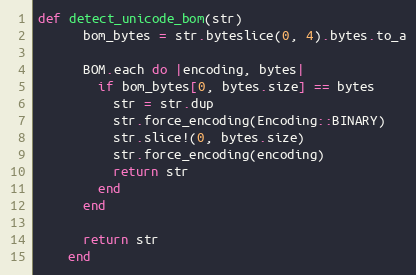
Language: Ruby
def detect_unicode_bom(str)
      bom_bytes = str.byteslice(0, 4).bytes.to_a

      BOM.each do |encoding, bytes|
        if bom_bytes[0, bytes.size] == bytes
          str = str.dup
          str.force_encoding(Encoding::BINARY)
          str.slice!(0, bytes.size)
          str.force_encoding(encoding)
          return str
        end
      end

      return str
    end